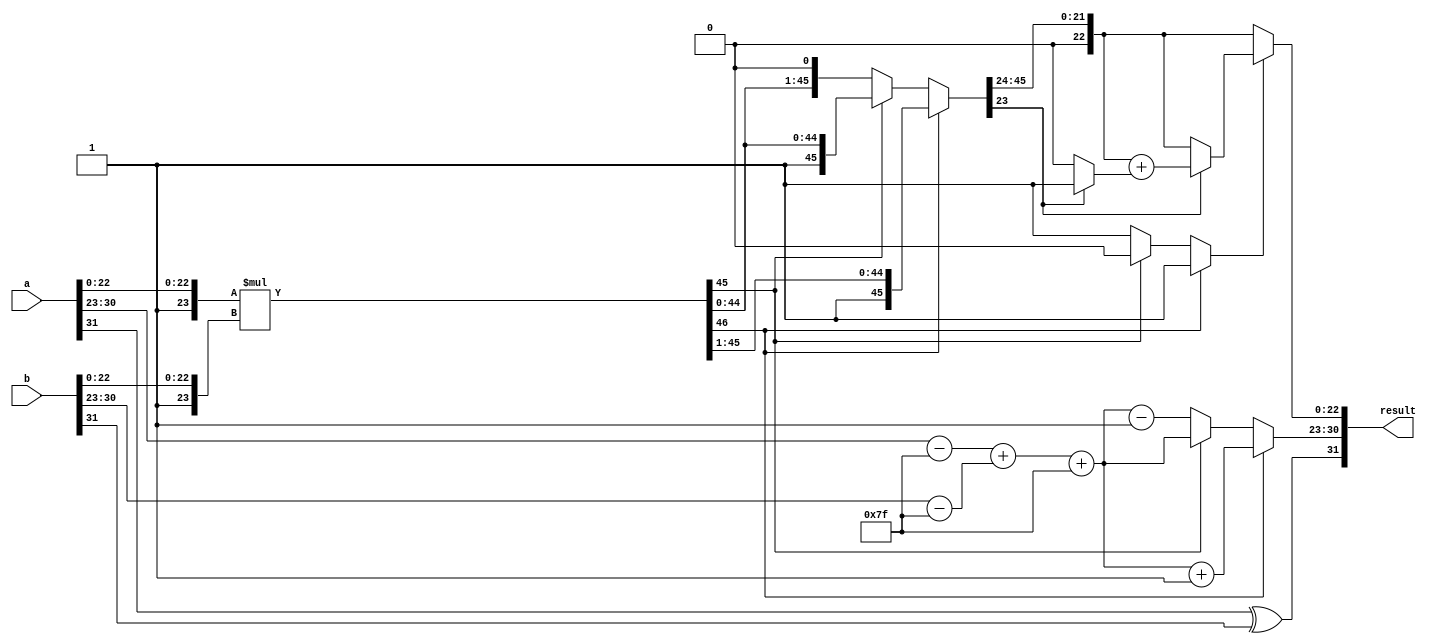
module radix2_fp_multiplier (
    input wire [31:0] a, // First floating-point number
    input wire [31:0] b, // Second floating-point number
    output reg [31:0] result // Resulting floating-point number
);

    // Extract sign, exponent, and significand
    wire sign_a = a[31];
    wire sign_b = b[31];
    wire [7:0] exp_a = a[30:23];
    wire [7:0] exp_b = b[30:23];
    wire [22:0] sig_a = a[22:0];
    wire [22:0] sig_b = b[22:0];

    // Adjust exponents by subtracting bias (127)
    wire signed [8:0] exp_a_adj = {1'b0, exp_a} - 9'd127;
    wire signed [8:0] exp_b_adj = {1'b0, exp_b} - 9'd127;

    // Calculate the sign of the result
    wire result_sign = sign_a ^ sign_b;

    // Multiplying significands (with implicit leading 1)
    wire [46:0] sig_a_extended = {1'b1, sig_a}; // 1.M_a
    wire [46:0] sig_b_extended = {1'b1, sig_b}; // 1.M_b
    wire [46:0] sig_product = sig_a_extended * sig_b_extended; // 1.M_a * 1.M_b

    // Calculate the exponent of the result
    wire signed [8:0] exp_result = exp_a_adj + exp_b_adj + 9'd127;

    // Normalization
    reg [46:0] normalized_sig;
    reg [7:0] final_exp;
    reg normalization_done;

    always @(*) begin
        // Default values
        normalized_sig = sig_product;
        final_exp = exp_result[7:0];
        normalization_done = 0;

        // Check for normalization
        if (sig_product[46]) begin
            // If product >= 2, right shift
            normalized_sig = sig_product >> 1;
            final_exp = final_exp + 1;
            normalization_done = 1;
        end else if (!sig_product[45]) begin
            // If product < 1, left shift
            normalized_sig = sig_product << 1;
            final_exp = final_exp - 1;
            normalization_done = 1;
        end
    end

    // Rounding
    reg [22:0] rounded_sig;
    always @(*) begin
        if (normalization_done) begin
            // Round to nearest even
            if (normalized_sig[23]) begin
                rounded_sig = normalized_sig[46:24] + (normalized_sig[23] ? 1 : 0);
            end else begin
                rounded_sig = normalized_sig[46:24];
            end
        end else begin
            rounded_sig = normalized_sig[46:24];
        end
    end

    // Assign the result
    always @(*) begin
        result = {result_sign, final_exp, rounded_sig[22:0]};
    end

endmodule